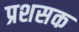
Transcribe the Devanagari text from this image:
प्रशसक